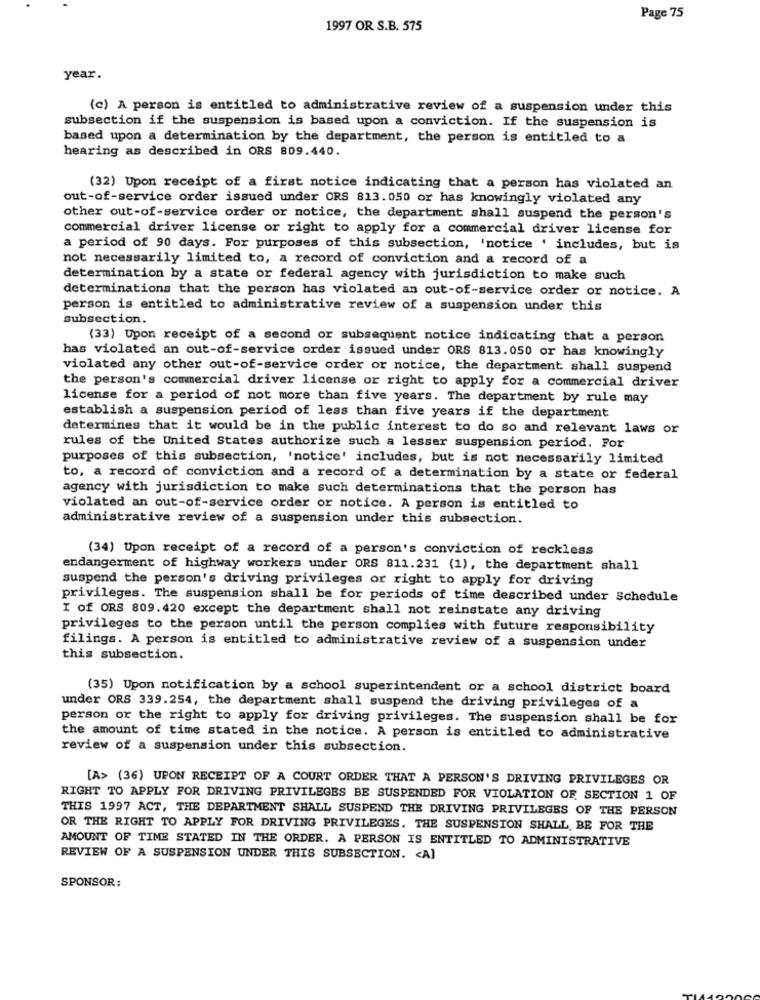
Page 75
1997 OR S.B. 575
year.
(c) A person is entitled to administrative review of a suspension under this
subsection if the suspension is based upon a conviction. If the suspension is
based upon a determination by the department, the person is entitled to a
hearing as described in ORS 809.440.
(32) Upon receipt of a first notice indicating that a person has violated an
out-of-service order issued under ORS 813.050 or has knowingly violated any
other out-of-service order or notice, the department shall suspend the person's
commercial driver license or right to apply for a commercial driver license for
a period of 90 days. For purposes of this subsection, 'notice . includes, but is
not necessarily limited to, a record of conviction and a record of a
determination by a state or federal agency with jurisdiction to make such
determinations that the person has violated an out-of-service order or notice. A
person is entitled to administrative review of a suspension under this
subsection.
(33) Upon receipt of a second or subsequent notice indicating that a person
has violated an out-of-service order issued under ORS 813.050 or has knowingly
violated any other out-of-service order or notice, the department shall suspend
the person's commercial driver license or right to apply for a commercial driver
license for a period of not more than five years. The department by rule may
establish a suspension period of less than five years if the department
determines that it would be in the public interest to do so and relevant laws or
rules of the United States authorize such a lesser suspension period. For
purposes of this subsection, 'notice' includes, but is not necessarily limited
to, a record of conviction and a record of a determination by a state or federal
agency with jurisdiction to make such determinations that the person has
violated an out-of-service order or notice. A person is entitled to
administrative review of a suspension under this subsection.
(34) Upon receipt of a record of a person's conviction of reckless
endangerment of highway workers under ORS 811.231 (1), the department shall
suspend the person's driving privileges or right to apply for driving
privileges. The suspension shall be for periods of time described under Schedule
I of ORS 809.420 except the department shall not reinstate any driving
privileges to the person until the person complies with future responsibility
filings. A person is entitled to administrative review of a suspension under
this subsection.
(35) Upon notification by a school superintendent or a school district board
under ORS 339.254, the department shall suspend the driving privileges of a
person or the right to apply for driving privileges. The suspension shall be for
the amount of time stated in the notice. A person is entitled to administrative
review of a suspension under this subsection.
[A> (36) UPON RECEIPT OF A COURT ORDER THAT A PERSON'S DRIVING PRIVILEGES OR
RIGHT TO APPLY FOR DRIVING PRIVILEGES BE SUSPENDED FOR VIOLATION OF SECTION 1 OF
THIS 1997 ACT, THE DEPARTMENT SHALL SUSPEND THE DRIVING PRIVILEGES OF THE PERSON
OR THE RIGHT TO APPLY FOR DRIVING PRIVILEGES. THE SUSPENSION SHALL, BE FOR THE
AMOUNT OF TIME STATED IN THE ORDER. A PERSON IS ENTITLED TO ADMINISTRATIVE
REVIEW OF A SUSPENSION UNDER THIS SUBSECTION. < A)
SPONSOR: